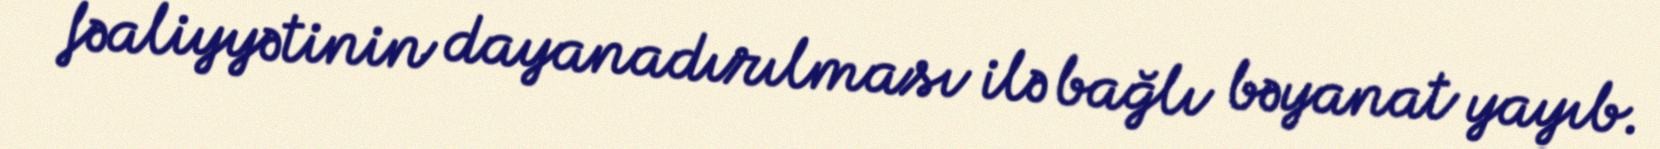
fəaliyyətinin dayanadırılması ilə bağlı bəyanat yayıb.